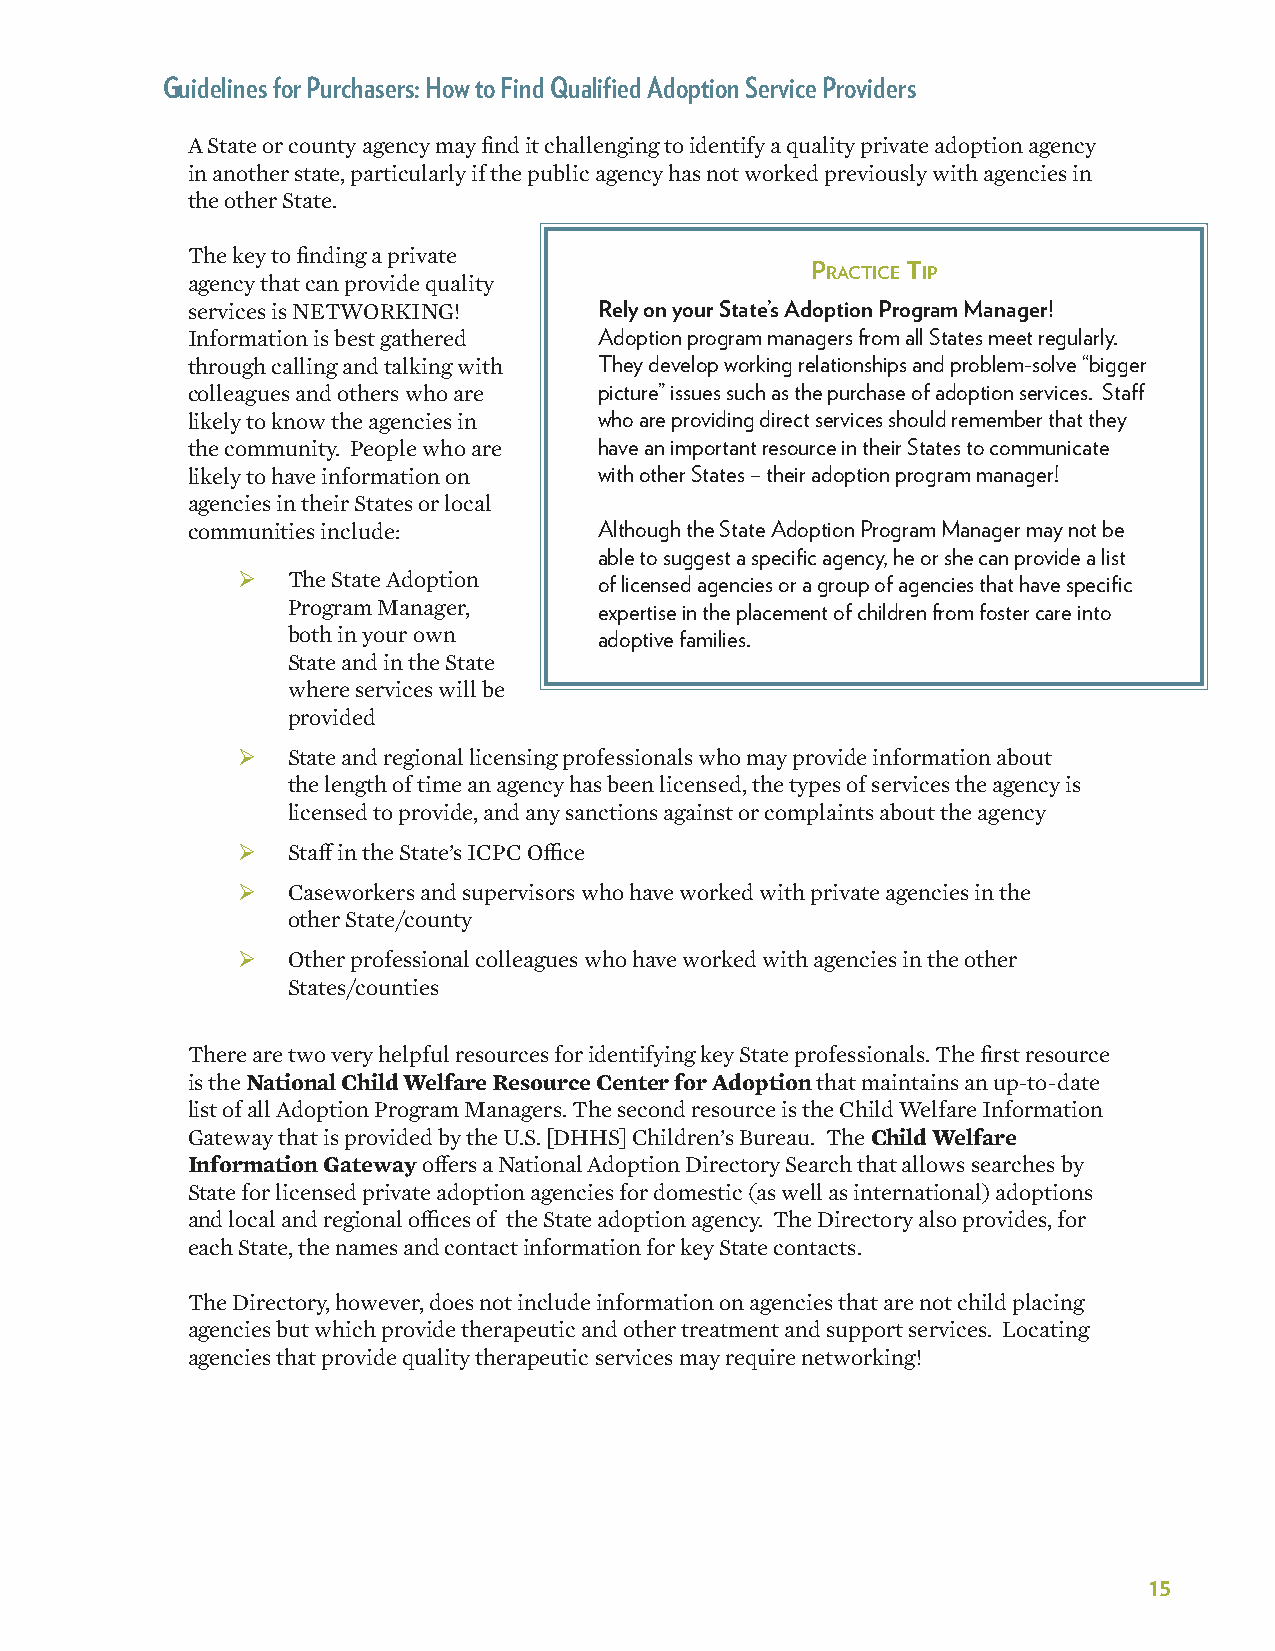
Guidelines for Purchasers: How to Find Qualified Adoption Service Providers
 A State or county agency may find it challenging to identify a quality private adoption agency
 in another state, particularly if the public agency has not worked previously with agencies in
 the other State.
 The key to finding a private
 PracTice TiP
 agency that can provide quality
 services is NETWORKING!     Rely on your State’s Adoption Program Manager!
 Information is best gathered Adoption program managers from all States meet regularly�
 through calling and talking with They develop working relationships and problem-solve “bigger
 colleagues and others who are picture” issues such as the purchase of adoption services� Staff
 likely to know the agencies in who are providing direct services should remember that they
 the community. People who are have an important resource in their States to communicate
 likely to have information on with other States – their adoption program manager!
 agencies in their States or local
 communities include:        Although the State Adoption Program Manager may not be
 able to suggest a specific agency, he or she can provide a list
 ¾  The State Adoption   of licensed agencies or a group of agencies that have specific
 Program Manager,     expertise in the placement of children from foster care into
 both in your own     adoptive families�
 State and in the State
 where services will be
 provided
 ¾  State and regional licensing professionals who may provide information about
 the length of time an agency has been licensed, the types of services the agency is
 licensed to provide, and any sanctions against or complaints about the agency
 ¾  Staff in the State’s ICPC Office
 ¾  Caseworkers and supervisors who have worked with private agencies in the
 other State/county
 ¾  Other professional colleagues who have worked with agencies in the other
 States/counties
 There are two very helpful resources for identifying key State professionals. The first resource
 is the National Child Welfare Resource Center for Adoption that maintains an up-to-date
 list of all Adoption Program Managers. The second resource is the Child Welfare Information
 Gateway that is provided by the U.S. [DHHS] Children’s Bureau. The Child Welfare
 Information Gateway offers a National Adoption Directory Search that allows searches by
 State for licensed private adoption agencies for domestic (as well as international) adoptions
 and local and regional offices of the State adoption agency. The Directory also provides, for
 each State, the names and contact information for key State contacts.
 The Directory, however, does not include information on agencies that are not child placing
 agencies but which provide therapeutic and other treatment and support services. Locating
 agencies that provide quality therapeutic services may require networking!
 15